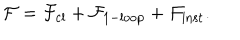
\mathcal { F } = { \mathcal { F } } _ { \mathrm { c l } } + { \mathcal { F } } _ { \mathrm { 1 - l o o p } } + { \mathcal { F } } _ { \mathrm { i n s t } } .